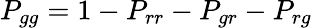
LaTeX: P_{gg}=1-P_{rr}-P_{gr}-P_{rg}